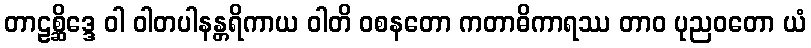
တာဠစ္ဆိဒ္ဒေ ဝါ ဝါတပါနန္တရိကာယ ဝါတိ ဝစနတော ကတာဓိကာရဿ တာဝ ပုညဝတော ယံ